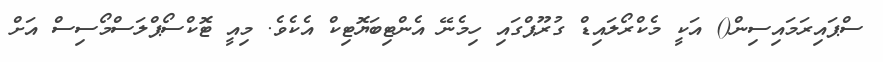
ސްޕައިރަމައިސިން() އަކީ މެކްރޯލައިޑް ގުރޫޕްގައި ހިމެނޭ އެންޓިބަޔޮޓިކް އެކެވެ. މިއީ ޓޮކްސޯޕްލަސްމޯސިސް އަށް